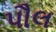
પૌલ